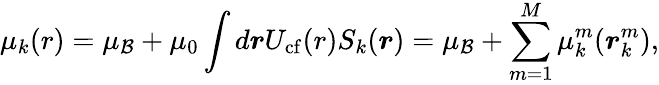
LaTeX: \mu_{k}(r)=\mu_{\mathcal{B}}+\mu_{0}\int d\boldsymbol{r}U_{\mathrm{cf}}(r)S_{k}(\boldsymbol{r})=\mu_{\mathcal{B}}+\sum_{m=1}^{M}\mu_{k}^{m}(\boldsymbol{r}_{k}^{m}),